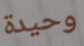
وحيدة